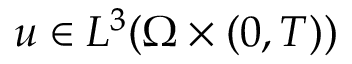
u \in L ^ { 3 } ( \Omega \times ( 0 , T ) )